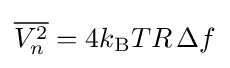
{\overline {V_{n}^{2}}}=4k_{\text{B}}TR\,\Delta f